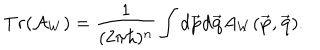
LaTeX: T r ( \mathcal { A } _ { W } ) = { \frac { 1 } { ( 2 \pi \hbar ) ^ { n } } } \int d \overrightarrow { { \bf p } } d \overrightarrow { { \bf q } } A _ { W } ( \overrightarrow { { \bf p } } , \overrightarrow { { \bf q } } ) .